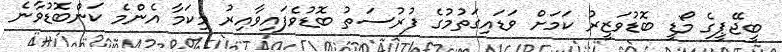
ބީޖޭޕީގެ މޯޑީ ބޮޑުވަޒީރު ކަމަށް ވަޑައިގަތުމުގެ ފުރުސަތު ބޮޑުވެފައިވާއިރު މިކަމާ އެންމެ ކަންބޮޑުވާނެ